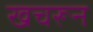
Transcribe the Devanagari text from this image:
खचरून